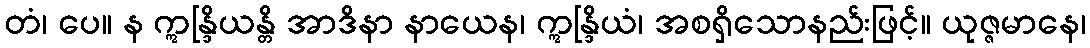
တံ၊ ပေ။ န ဣန္ဒြိယန္တိ အာဒိနာ နာယေန၊ ဣန္ဒြိယံ၊ အစရှိသောနည်းဖြင့်။ ယုဇ္ဇမာနေ၊